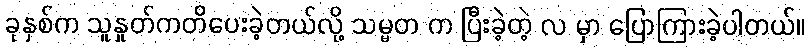
ခုနှစ်က သူနှုတ်ကတိပေးခဲ့တယ်လို့ သမ္မတ က ပြီးခဲ့တဲ့ လ မှာ ပြောကြားခဲ့ပါတယ်။